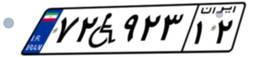
۷۲W۹۲۳۱۲